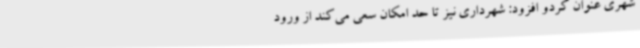
شهری عنوان کردو افزود: شهرداری نیز تا حد امکان سعی می‌کند از ورود